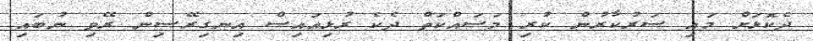
ދެކޮޅަށް މައި ސަރުކާރުން ކުރި މަސައްކަތް ދެކެ ރުޅިއައިސް އިނގިރޭސިން ރޭވި ނުބައި